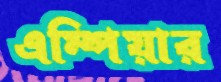
এম্পিয়ার